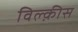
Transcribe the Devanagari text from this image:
विल्क़ीस